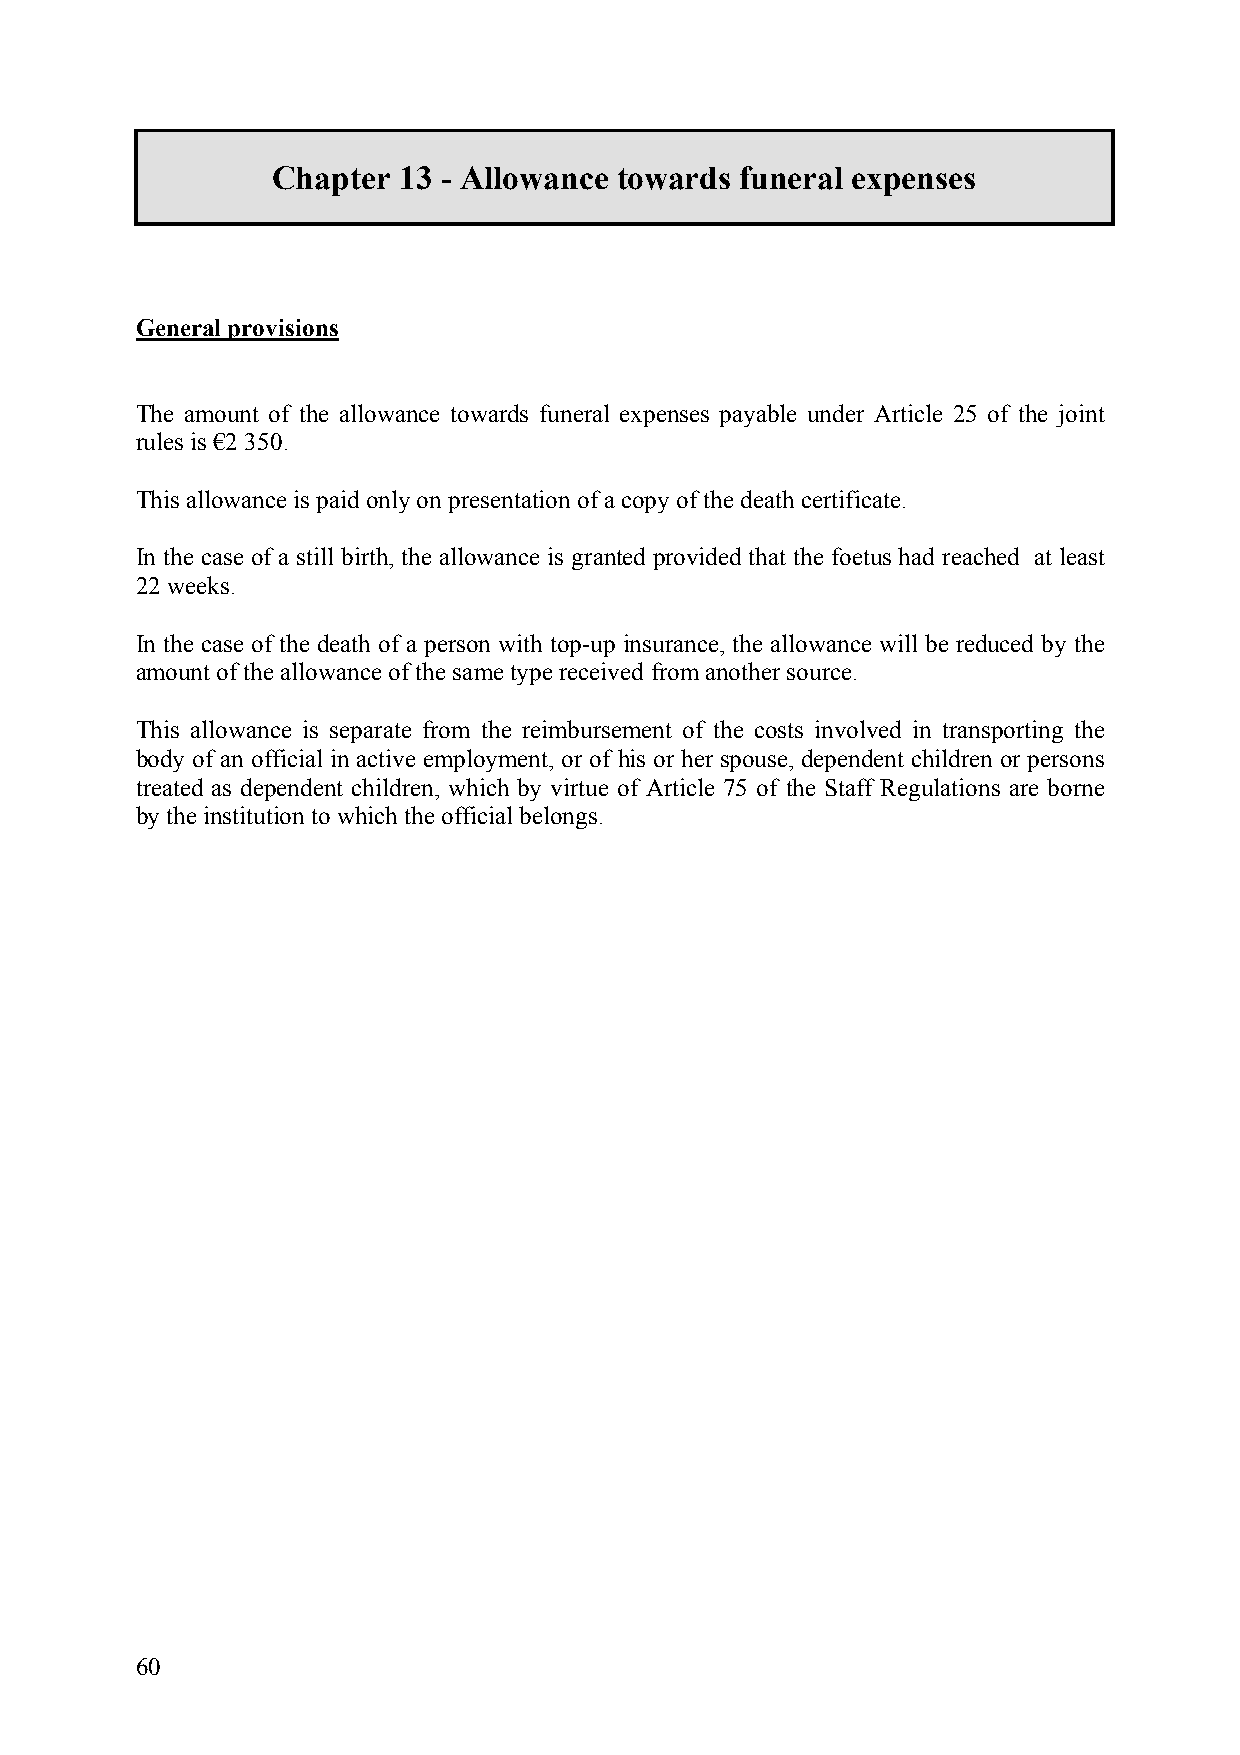
Chapter 13 - Allowance towards funeral expenses
 General provisions
 The amount of the allowance towards funeral expenses payable under Article 25 of the joint
 rules is €2 350.
 This allowance is paid only on presentation of a copy of the death certificate.
 In the case of a still birth, the allowance is granted provided that the foetus had reached at least
 22 weeks.
 In the case of the death of a person with top-up insurance, the allowance will be reduced by the
 amount of the allowance of the same type received from another source.
 This allowance is separate from the reimbursement of the costs involved in transporting the
 body of an official in active employment, or of his or her spouse, dependent children or persons
 treated as dependent children, which by virtue of Article 75 of the Staff Regulations are borne
 by the institution to which the official belongs.
 60